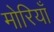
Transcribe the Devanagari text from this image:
मोरियाँ